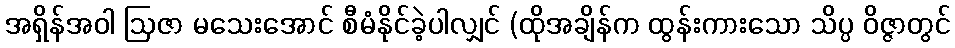
အရှိန်အဝါ ဩဇာ မသေးအောင် စီမံနိုင်ခဲ့ပါလျှင် (ထိုအချိန်က ထွန်းကားသော သိပ္ပ ဝိဇ္ဇာတွင်